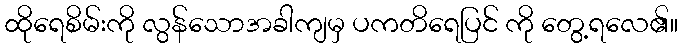
ထိုရေစိမ်းကို လွန်သောအခါကျမှ ပကတိရေပြင် ကို တွေ့ရလေ၏။